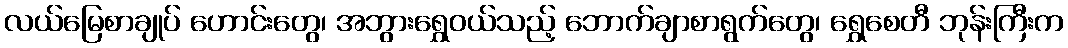
လယ်မြေစာချုပ် ဟောင်းတွေ၊ အဘွားရွှေဝယ်သည့် ဘောက်ချာစာရွက်တွေ၊ ရွှေစေတီ ဘုန်းကြီးက